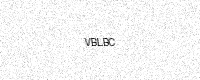
Text: VBLBC